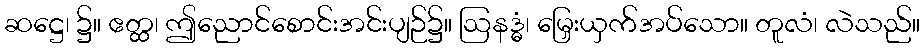
ဆဋ္ဌေ၊ ၌။ ဧတ္ထ၊ ဤညောင်စောင်းအင်းပျဉ်၌။ ဩနဒ္ဓံ၊ မြှေးယှက်အပ်သော။ တူလံ၊ လဲသည်။